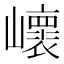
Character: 𡾝